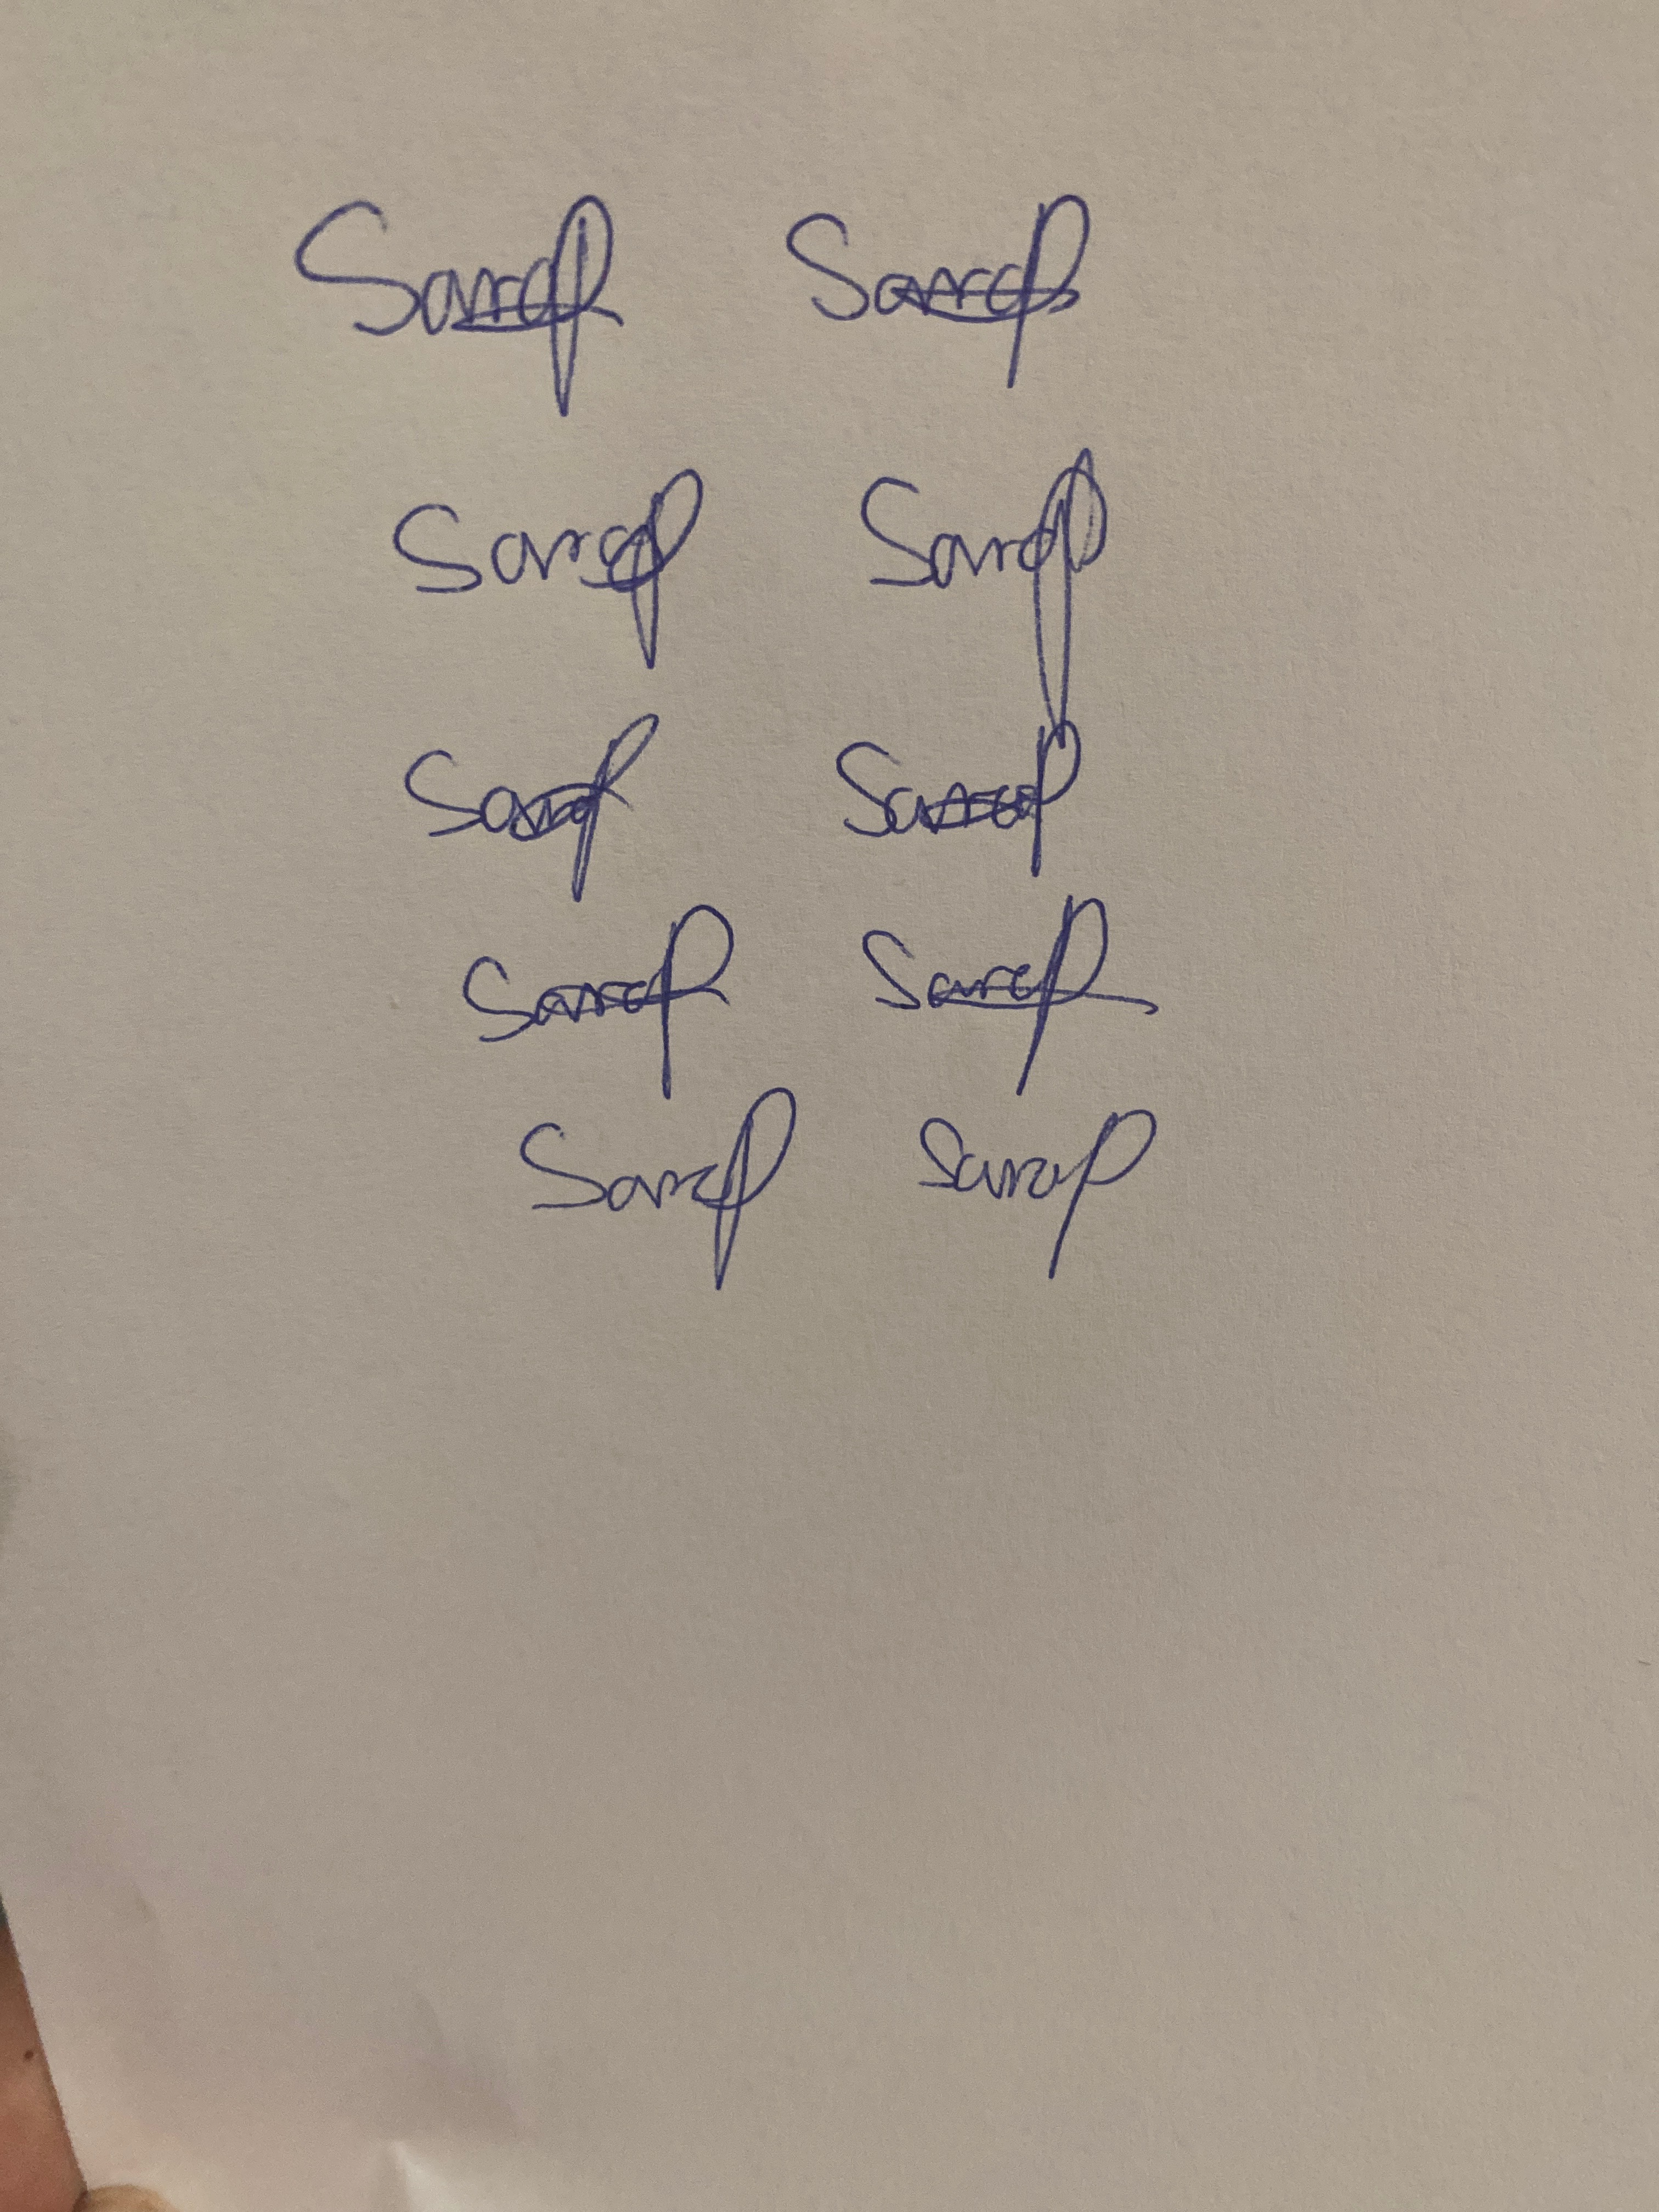
Signature authenticity: genuine